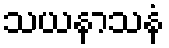
သယနာသနံ